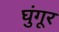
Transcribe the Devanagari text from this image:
घुंगूर